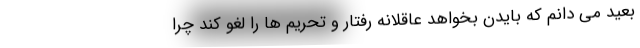
بعید می دانم که بایدن بخواهد عاقلانه رفتار و تحریم ها را لغو کند چرا